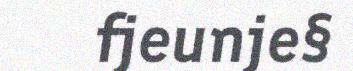
fjeunje§